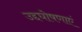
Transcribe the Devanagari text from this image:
उद्दघोषणाएं